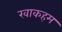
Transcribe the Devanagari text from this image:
खाकहम